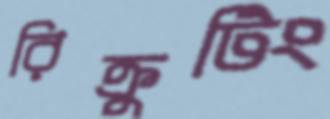
রিক্রুটিং